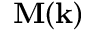
\mathbf { M } ( \mathbf { k } )